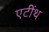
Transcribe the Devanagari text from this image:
एटींथ